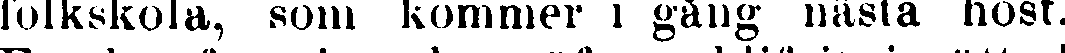
folkskola, som kommer i gång nästa höst.